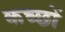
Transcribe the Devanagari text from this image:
कच्छों